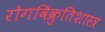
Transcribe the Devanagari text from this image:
रोगविक्रुतिशास्त्र